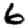
Digit: 6